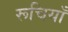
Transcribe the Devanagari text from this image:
रूचियाँ